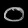
Digit: ၀